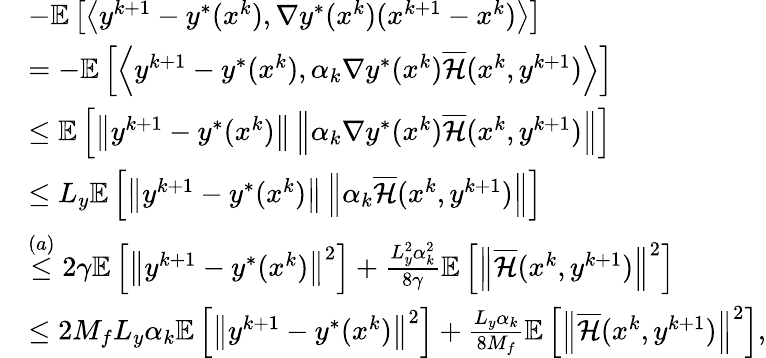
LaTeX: \begin{array}{rl}&{-\mathbb{E}\left[\left\langle y^{k+1}-y^{*}(x^{k}),\nabla y^{*}(x^{k})(x^{k+1}-x^{k})\right\rangle\right]}\\ &{=-\mathbb{E}\left[\left\langle y^{k+1}-y^{*}(x^{k}),\alpha_{k}\nabla y^{*}(x^{k})\overline{{\mathcal{H}}}(x^{k},y^{k+1})\right\rangle\right]}\\ &{\leq\mathbb{E}\left[\left\| y^{k+1}-y^{*}(x^{k})\right\| \left\| {\alpha_{k}}\nabla y^{*}(x^{k})\overline{{\mathcal{H}}}(x^{k},y^{k+1})\right\| \right]}\\ &{\leq L_{y}\mathbb{E}\left[\left\| y^{k+1}-y^{*}(x^{k})\right\| \left\| {\alpha_{k}}\overline{{\mathcal{H}}}(x^{k},y^{k+1})\right\| \right]}\\ &{\stackrel{(a)}{\leq}2\gamma\mathbb{E}\left[\left\| y^{k+1}-y^{*}(x^{k})\right\| ^{2}\right]+\frac{L_{y}^{2}\alpha_{k}^{2}}{8\gamma}\mathbb{E}\left[\left\| \overline{{\mathcal{H}}}(x^{k},y^{k+1})\right\| ^{2}\right]}\\ &{\leq 2M_{f}L_{y}\alpha_{k}\mathbb{E}\left[\left\| y^{k+1}-y^{*}(x^{k})\right\| ^{2}\right]+{\frac{L_{y}\alpha_{k}}{8M_{f}}\mathbb{E}\left[\left\| \overline{{\mathcal{H}}}(x^{k},y^{k+1})\right\| ^{2}\right]},}\end{array}